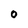
Character: O